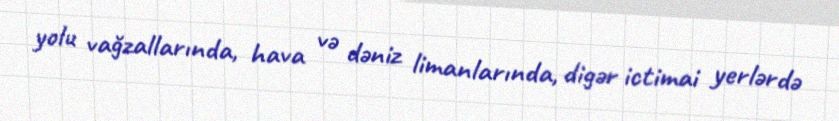
yolu vağzallarında, hava və dəniz limanlarında, digər ictimai yerlərdə